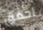
احقق